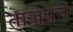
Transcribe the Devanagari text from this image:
ताजेपन